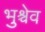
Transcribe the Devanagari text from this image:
भुश्चेव